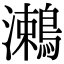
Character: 𪄠